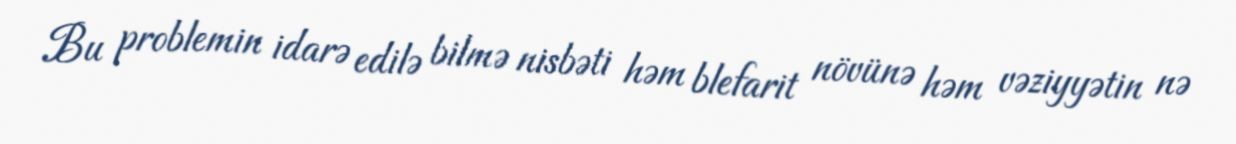
Bu problemin idarə edilə bilmə nisbəti həm blefarit növünə həm vəziyyətin nə